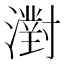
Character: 濧